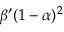
\beta ^ { \prime } ( 1 - \alpha ) ^ { 2 }